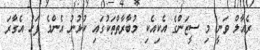
ރެއާލް ވަނީ މި ސީޒަންގެ އެކިއެކި މުބާރާތްތަކުގައި ކުޅުނު އެންމެ ފަހު އެގާރަ